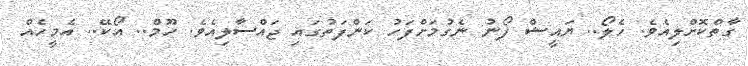
ގާތްކޮށްލިއެވެ. ހެލޯ.. ޔައީޝް ފޯނު ނެގުމަށްފަހު ކަންފަތުގައި ޖައްސާލިއެވެ. ހޫމް.. އޯކޭ.. އެމީހެއް